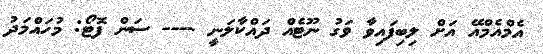
އެމްއެމްއޭ އަށް ލިބިފައިވާ ވަގު ނޫޓެއް ދައްކާލަނީ ---- ސަން ފޮޓޯ: މުހައްމަދު